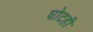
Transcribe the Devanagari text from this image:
घोटही